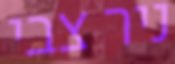
ניר צבי